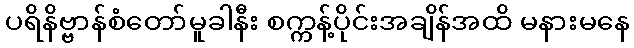
ပရိနိဗ္ဗာန်စံတော်မူခါနီး စက္ကန့်ပိုင်းအချိန်အထိ မနားမနေ